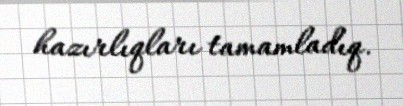
hazırlıqları tamamladıq.